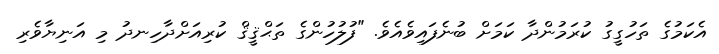
އެކަމުގެ ތަހުގީގު ކުރަމުންދާ ކަމަށް ބުނެފައިވެއެވެ. "ފުލުހުންގެ ތަޙްޤީޤް ކުރިއަށްދާހިނދު މި އަނިޔާވެރި